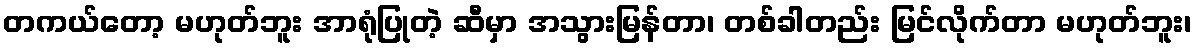
တကယ်တော့ မဟုတ်ဘူး အာရုံပြုတဲ့ ဆီမှာ အသွားမြန်တာ၊ တစ်ခါတည်း မြင်လိုက်တာ မဟုတ်ဘူး၊